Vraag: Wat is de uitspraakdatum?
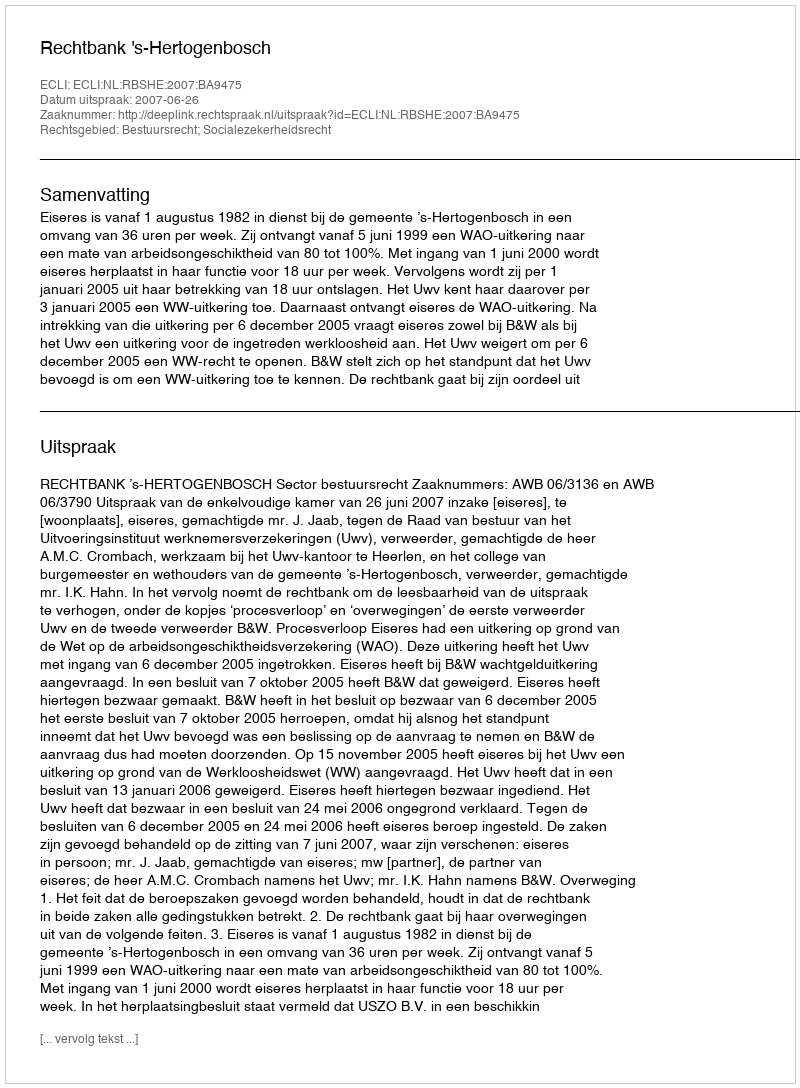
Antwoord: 2007-06-26